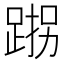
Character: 𮛠